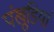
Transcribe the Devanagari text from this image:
पंखुडि़यां